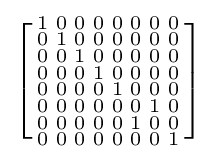
\left[{\begin{smallmatrix}1&0&0&0&0&0&0&0\\0&1&0&0&0&0&0&0\\0&0&1&0&0&0&0&0\\0&0&0&1&0&0&0&0\\0&0&0&0&1&0&0&0\\0&0&0&0&0&0&1&0\\0&0&0&0&0&1&0&0\\0&0&0&0&0&0&0&1\end{smallmatrix}}\right]